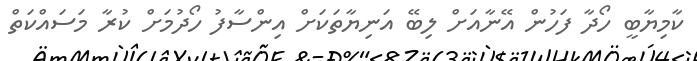
ކާމިޔާބީ ހޯދާ ފަހުން އޭނާއަށް ލިބޭ އަނިޔާތަކަށް އިންސާފު ހޯދުމަށް ކުރާ މަސައްކަތް